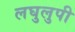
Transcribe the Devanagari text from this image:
लघुलुपी